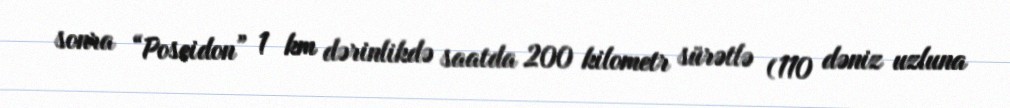
sonra “Poseidon” 1 km dərinlikdə saatda 200 kilometr sürətlə (110 dəniz uzluna